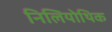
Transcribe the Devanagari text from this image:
निलियोथिक